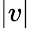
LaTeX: \left|v\right|